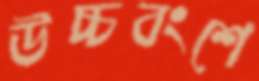
উচ্চবংশে